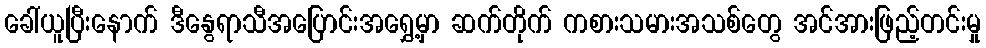
ခေါ်ယူပြီးနောက် ဒီနွေရာသီအပြောင်းအရွှေ့မှာ ဆက်တိုက် ကစားသမားအသစ်တွေ အင်အားဖြည့်တင်းမှု